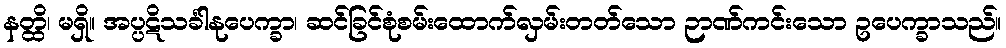
နတ္ထိ၊ မရှိ။ အပ္ပဋိသင်္ခါနုပေက္ခာ၊ ဆင်ခြင်စုံစမ်းထောက်လှမ်းတတ်သော ဉာဏ်ကင်းသော ဥပေက္ခာသည်။